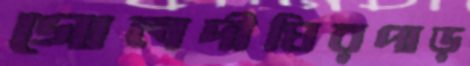
গোলদীঘিরপাড়